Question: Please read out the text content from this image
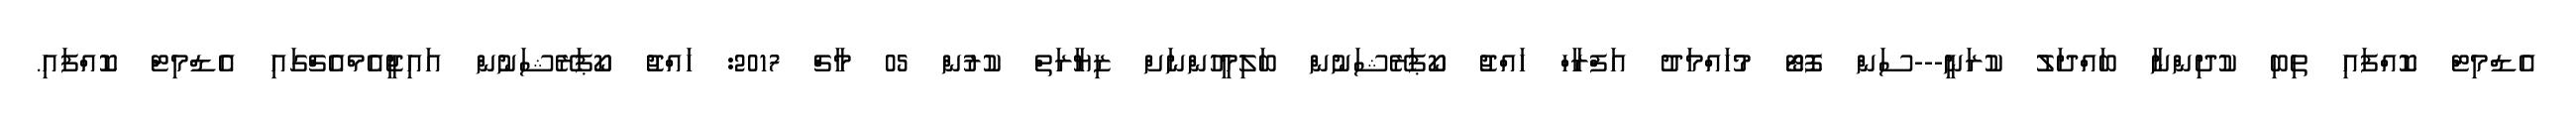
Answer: އެޑްމިޓް ކޮއްފައި ތިބި ކުދިންނާ ބައްދަލު ކުރަނީ---ސަން ފޮޓޯ މުހައްމަދު އަފްރާހް ހައްޖު ކޯޕަރޭޝަނުން ބަލިމީހުންނަށް ޒިޔާރަތް ކުރުން 05 މާޗް 2017: ހައްޖު ކޯޕަރޭޝަނުން އައިޖީއެމްއެޗްގައި އެޑްމިޓް ކޮއްފައި.